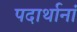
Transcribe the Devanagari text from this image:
पदार्थानां